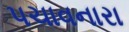
પચાવનારા